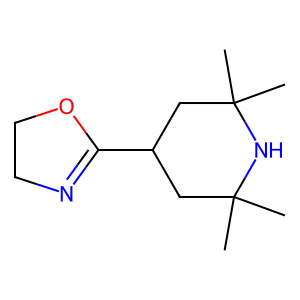
SMILES: CC1(C)CC(C2=NCCO2)CC(C)(C)N1
Inhibits HIV replication: No